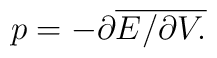
p=-\partial \overline{E/\partial V.}